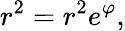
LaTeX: r^{2}=r^{2}e^{\varphi},